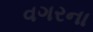
વગરના